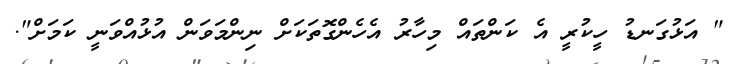
" އަޅުގަނޑު ހީކުރީ އެ ކަންތައް މިހާރު އެހެންގޮތަކަށް ނިންމަވަން އުޅުއްވަނީ ކަމަށް".